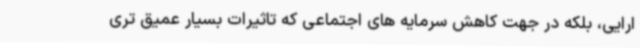
ارایی، بلکه در جهت کاهش سرمایه های اجتماعی که تاثیرات بسیار عمیق تری